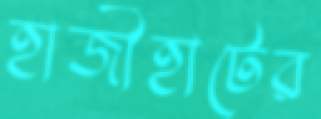
হাজীহাটের